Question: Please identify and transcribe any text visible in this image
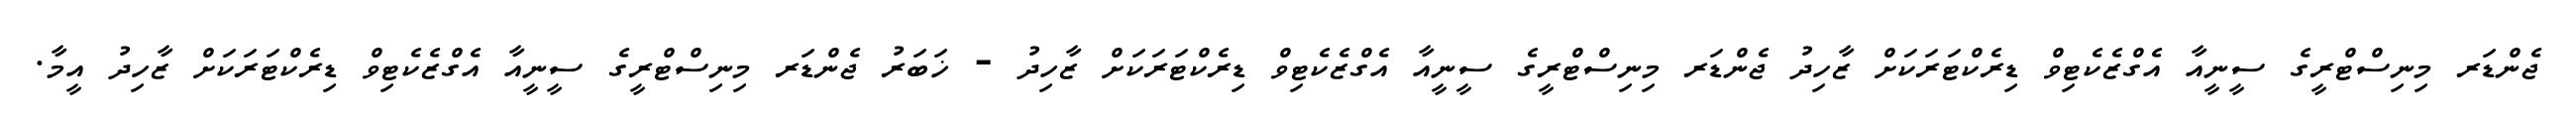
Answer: ޖެންޑަރ މިނިސްޓްރީގެ ސީނީއާ އެގްޒެކެޓިވް ޑިރެކްޓަރަކަށް ޒާހިދު ޖެންޑަރ މިނިސްޓްރީގެ ސީނީއާ އެގްޒެކެޓިވް ޑިރެކްޓަރަކަށް ޒާހިދު - ޚަބަރު ޖެންޑަރ މިނިސްޓްރީގެ ސީނީއާ އެގްޒެކެޓިވް ޑިރެކްޓަރަކަށް ޒާހިދު އީމާ.